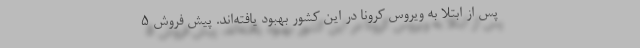
پس از ابتلا به ویروس کرونا در این کشور بهبود یافته‌اند. پیش فروش 5